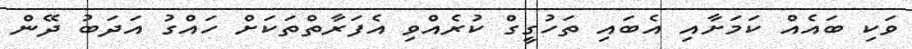
ވަކި ބައެއް ކަމަށާއި އެބައި ތަހުގީގް ކުރެއްވި އެފަރާތްތަކަށް ހައްގު އަދަބު ދޭން